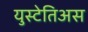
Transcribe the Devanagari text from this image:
युस्टेतिअस